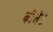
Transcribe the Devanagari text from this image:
कौलेट